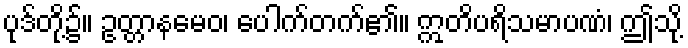
ပုဒ်တို့၌။ ဥတ္တာနမေဝ၊ ပေါက်တက်၏။ ဣတိပရိသမာပဏံ၊ ဤသို့